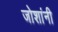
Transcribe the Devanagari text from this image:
जोशांनी